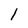
Character: I